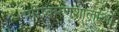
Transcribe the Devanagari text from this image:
परिष्करणशालाओं